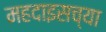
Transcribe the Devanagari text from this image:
महदाइसच्या